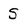
Character: S